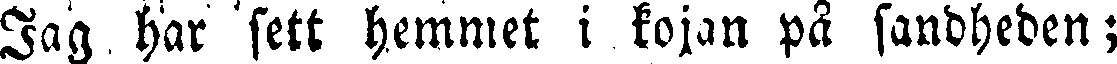
Jag har sett hemmet i kojan på sandheden;